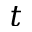
t